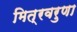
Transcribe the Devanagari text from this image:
मित्रवरुणा